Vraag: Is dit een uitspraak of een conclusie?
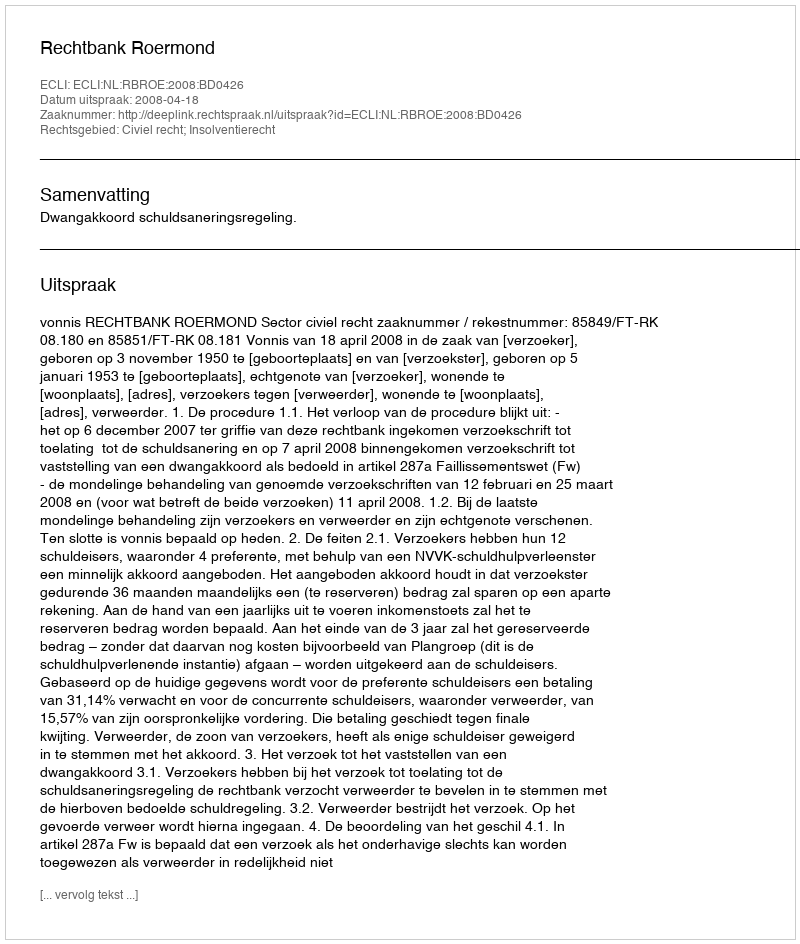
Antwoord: Uitspraak